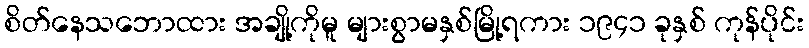
စိတ်နေသဘောထား အချို့ကိုမူ များစွာမနှစ်မြို့ရကား ၁၉၄၁ ခုနှစ် ကုန်ပိုင်း